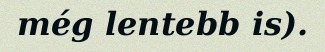
még lentebb is).